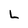
Character: L